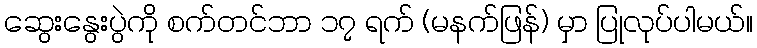
ဆွေးနွေးပွဲကို စက်တင်ဘာ ၁၇ ရက် (မနက်ဖြန်) မှာ ပြုလုပ်ပါမယ်။